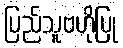
ပြည်သူဗဟိုပြု